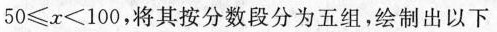
$$5 0 \le x < 1 0 0$$，将其按分数段分为五组，绘制出以下